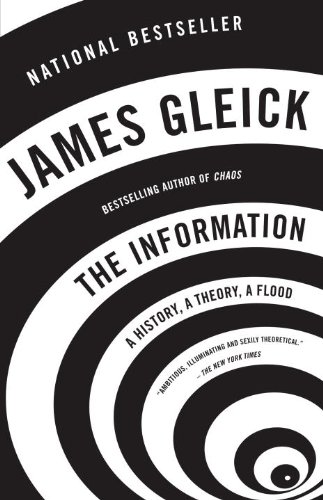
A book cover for The Information: A History, A Theory, A Flood; James Gleick; Engineering & Transportation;